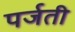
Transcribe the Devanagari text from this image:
पर्जती